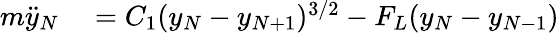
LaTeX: \begin{array}{rl}{{m}\ddot{y}_{N}}&{{}={C}_{1}(y_{N}-y_{N+1})^{3/2}-F_{L}(y_{N}-y_{N-1})}\end{array}